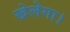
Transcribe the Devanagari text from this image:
खेलेगा।